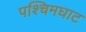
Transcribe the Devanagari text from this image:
पश्चिमघाट